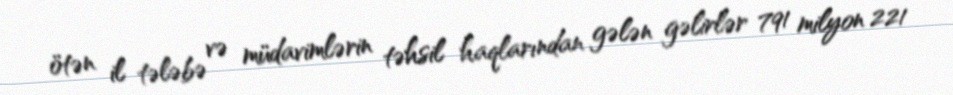
ötən il tələbə və müdavimlərin təhsil haqlarından gələn gəlirlər 791 milyon 221